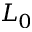
L _ { 0 }